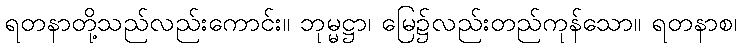
ရတနာတို့သည်လည်းကောင်း။ ဘုမ္မဋ္ဌာ၊ မြေ၌လည်းတည်ကုန်သော။ ရတနာစ၊